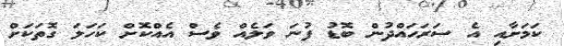
ކަމަށާއި އެ ސަރަހައްދުން ބޮޑު ފުނަ ވަލެއް ވެސް އެއްކޮށް ކަހަލަ ގޮތަކަށް